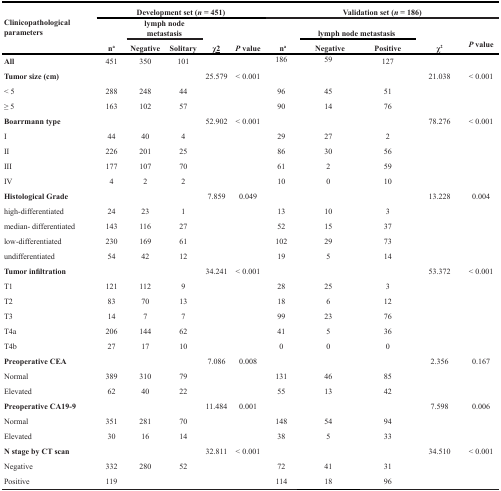
<table><thead><tr><td rowspan="3"><b>Clinicopathological parameters</b></td><td colspan="5"><b>Development set (<i>n</i> = 451)</b></td><td colspan="5"><b>Validation set (<i>n</i> = 186)</b></td></tr><tr><td rowspan="2"><b>n<sup>a</sup></b></td><td colspan="2"><b>lymph node metastasis</b></td><td rowspan="2"><b>χ2</b></td><td rowspan="2"><b><i>P</i> value</b></td><td rowspan="2"><b>n<sup>a</sup></b></td><td colspan="2"><b>lymph node metastasis</b></td><td rowspan="2"><b>χ<sup>2</sup></b></td><td rowspan="2"><b><i>P</i> value</b></td></tr><tr><td><b>Negative</b></td><td><b>Solitary</b></td><td><b>Negative</b></td><td><b>Positive</b></td></tr></thead><tbody><tr><td><b>All</b></td><td>451</td><td>350</td><td>101</td><td></td><td></td><td>186</td><td>59</td><td>127</td><td></td><td></td></tr><tr><td><b>Tumor size (cm)</b></td><td></td><td></td><td></td><td>25.579</td><td>&lt; 0.001</td><td></td><td></td><td></td><td>21.038</td><td>&lt; 0.001</td></tr><tr><td>&lt; 5</td><td>288</td><td>248</td><td>44</td><td></td><td></td><td>96</td><td>45</td><td>51</td><td></td><td></td></tr><tr><td>≥ 5</td><td>163</td><td>102</td><td>57</td><td></td><td></td><td>90</td><td>14</td><td>76</td><td></td><td></td></tr><tr><td><b>Boarrmann type</b></td><td></td><td></td><td></td><td>52.902</td><td>&lt; 0.001</td><td></td><td></td><td></td><td>78.276</td><td>&lt; 0.001</td></tr><tr><td>I</td><td>44</td><td>40</td><td>4</td><td></td><td></td><td>29</td><td>27</td><td>2</td><td></td><td></td></tr><tr><td>II</td><td>226</td><td>201</td><td>25</td><td></td><td></td><td>86</td><td>30</td><td>56</td><td></td><td></td></tr><tr><td>III</td><td>177</td><td>107</td><td>70</td><td></td><td></td><td>61</td><td>2</td><td>59</td><td></td><td></td></tr><tr><td>IV</td><td>4</td><td>2</td><td>2</td><td></td><td></td><td>10</td><td>0</td><td>10</td><td></td><td></td></tr><tr><td><b>Histological Grade</b></td><td></td><td></td><td></td><td>7.859</td><td>0.049</td><td></td><td></td><td></td><td>13.228</td><td>0.004</td></tr><tr><td>high-differentiated</td><td>24</td><td>23</td><td>1</td><td></td><td></td><td>13</td><td>10</td><td>3</td><td></td><td></td></tr><tr><td>median- differentiated</td><td>143</td><td>116</td><td>27</td><td></td><td></td><td>52</td><td>15</td><td>37</td><td></td><td></td></tr><tr><td>low-differentiated</td><td>230</td><td>169</td><td>61</td><td></td><td></td><td>102</td><td>29</td><td>73</td><td></td><td></td></tr><tr><td>undifferentiated</td><td>54</td><td>42</td><td>12</td><td></td><td></td><td>19</td><td>5</td><td>14</td><td></td><td></td></tr><tr><td><b>Tumor infiltration</b></td><td></td><td></td><td></td><td>34.241</td><td>&lt; 0.001</td><td></td><td></td><td></td><td>53.372</td><td>&lt; 0.001</td></tr><tr><td>T1</td><td>121</td><td>112</td><td>9</td><td></td><td></td><td>28</td><td>25</td><td>3</td><td></td><td></td></tr><tr><td>T2</td><td>83</td><td>70</td><td>13</td><td></td><td></td><td>18</td><td>6</td><td>12</td><td></td><td></td></tr><tr><td>T3</td><td>14</td><td>7</td><td>7</td><td></td><td></td><td>99</td><td>23</td><td>76</td><td></td><td></td></tr><tr><td>T4a</td><td>206</td><td>144</td><td>62</td><td></td><td></td><td>41</td><td>5</td><td>36</td><td></td><td></td></tr><tr><td>T4b</td><td>27</td><td>17</td><td>10</td><td></td><td></td><td>0</td><td>0</td><td>0</td><td></td><td></td></tr><tr><td><b>Preoperative CEA</b></td><td></td><td></td><td></td><td>7.086</td><td>0.008</td><td></td><td></td><td></td><td>2.356</td><td>0.167</td></tr><tr><td>Normal</td><td>389</td><td>310</td><td>79</td><td></td><td></td><td>131</td><td>46</td><td>85</td><td></td><td></td></tr><tr><td>Elevated</td><td>62</td><td>40</td><td>22</td><td></td><td></td><td>55</td><td>13</td><td>42</td><td></td><td></td></tr><tr><td><b>Preoperative CA19-9</b></td><td></td><td></td><td></td><td>11.484</td><td>0.001</td><td></td><td></td><td></td><td>7.598</td><td>0.006</td></tr><tr><td>Normal</td><td>351</td><td>281</td><td>70</td><td></td><td></td><td>148</td><td>54</td><td>94</td><td></td><td></td></tr><tr><td>Elevated</td><td>30</td><td>16</td><td>14</td><td></td><td></td><td>38</td><td>5</td><td>33</td><td></td><td></td></tr><tr><td><b>N stage by CT scan</b></td><td></td><td></td><td></td><td>32.811</td><td>&lt; 0.001</td><td></td><td></td><td></td><td>34.510</td><td>&lt; 0.001</td></tr><tr><td>Negative</td><td>332</td><td>280</td><td>52</td><td></td><td></td><td>72</td><td>41</td><td>31</td><td></td><td></td></tr><tr><td>Positive</td><td>119</td><td></td><td></td><td></td><td></td><td>114</td><td>18</td><td>96</td><td></td><td></td></tr></tbody></table>